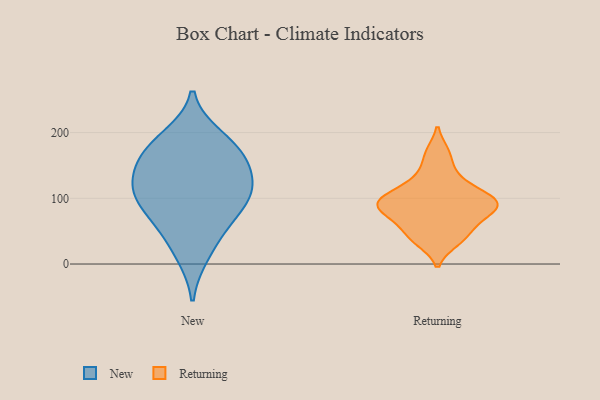
{"axis": {"x": "Budget (USD K)", "y": "Value"}, "legend": ["New", "Returning"], "data": [{"x": "", "y": 52, "type": "New"}, {"x": "", "y": 103, "type": "New"}, {"x": "", "y": 70, "type": "New"}, {"x": "", "y": 152, "type": "New"}, {"x": "", "y": 106, "type": "New"}, {"x": "", "y": 177, "type": "New"}, {"x": "", "y": 140, "type": "New"}, {"x": "", "y": 172, "type": "New"}, {"x": "", "y": 14, "type": "New"}, {"x": "", "y": 99, "type": "New"}, {"x": "", "y": 193, "type": "New"}, {"x": "", "y": 122, "type": "New"}, {"x": "", "y": 93, "type": "Returning"}, {"x": "", "y": 35, "type": "Returning"}, {"x": "", "y": 114, "type": "Returning"}, {"x": "", "y": 137, "type": "Returning"}, {"x": "", "y": 42, "type": "Returning"}, {"x": "", "y": 97, "type": "Returning"}, {"x": "", "y": 77, "type": "Returning"}, {"x": "", "y": 58, "type": "Returning"}, {"x": "", "y": 88, "type": "Returning"}, {"x": "", "y": 80, "type": "Returning"}, {"x": "", "y": 103, "type": "Returning"}, {"x": "", "y": 169, "type": "Returning"}]}